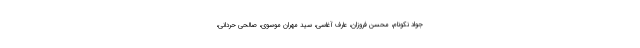
جواد نکونام، محسن فروزان، عارف آغاسی، سید مهران موسوی، صالحی حردانی،